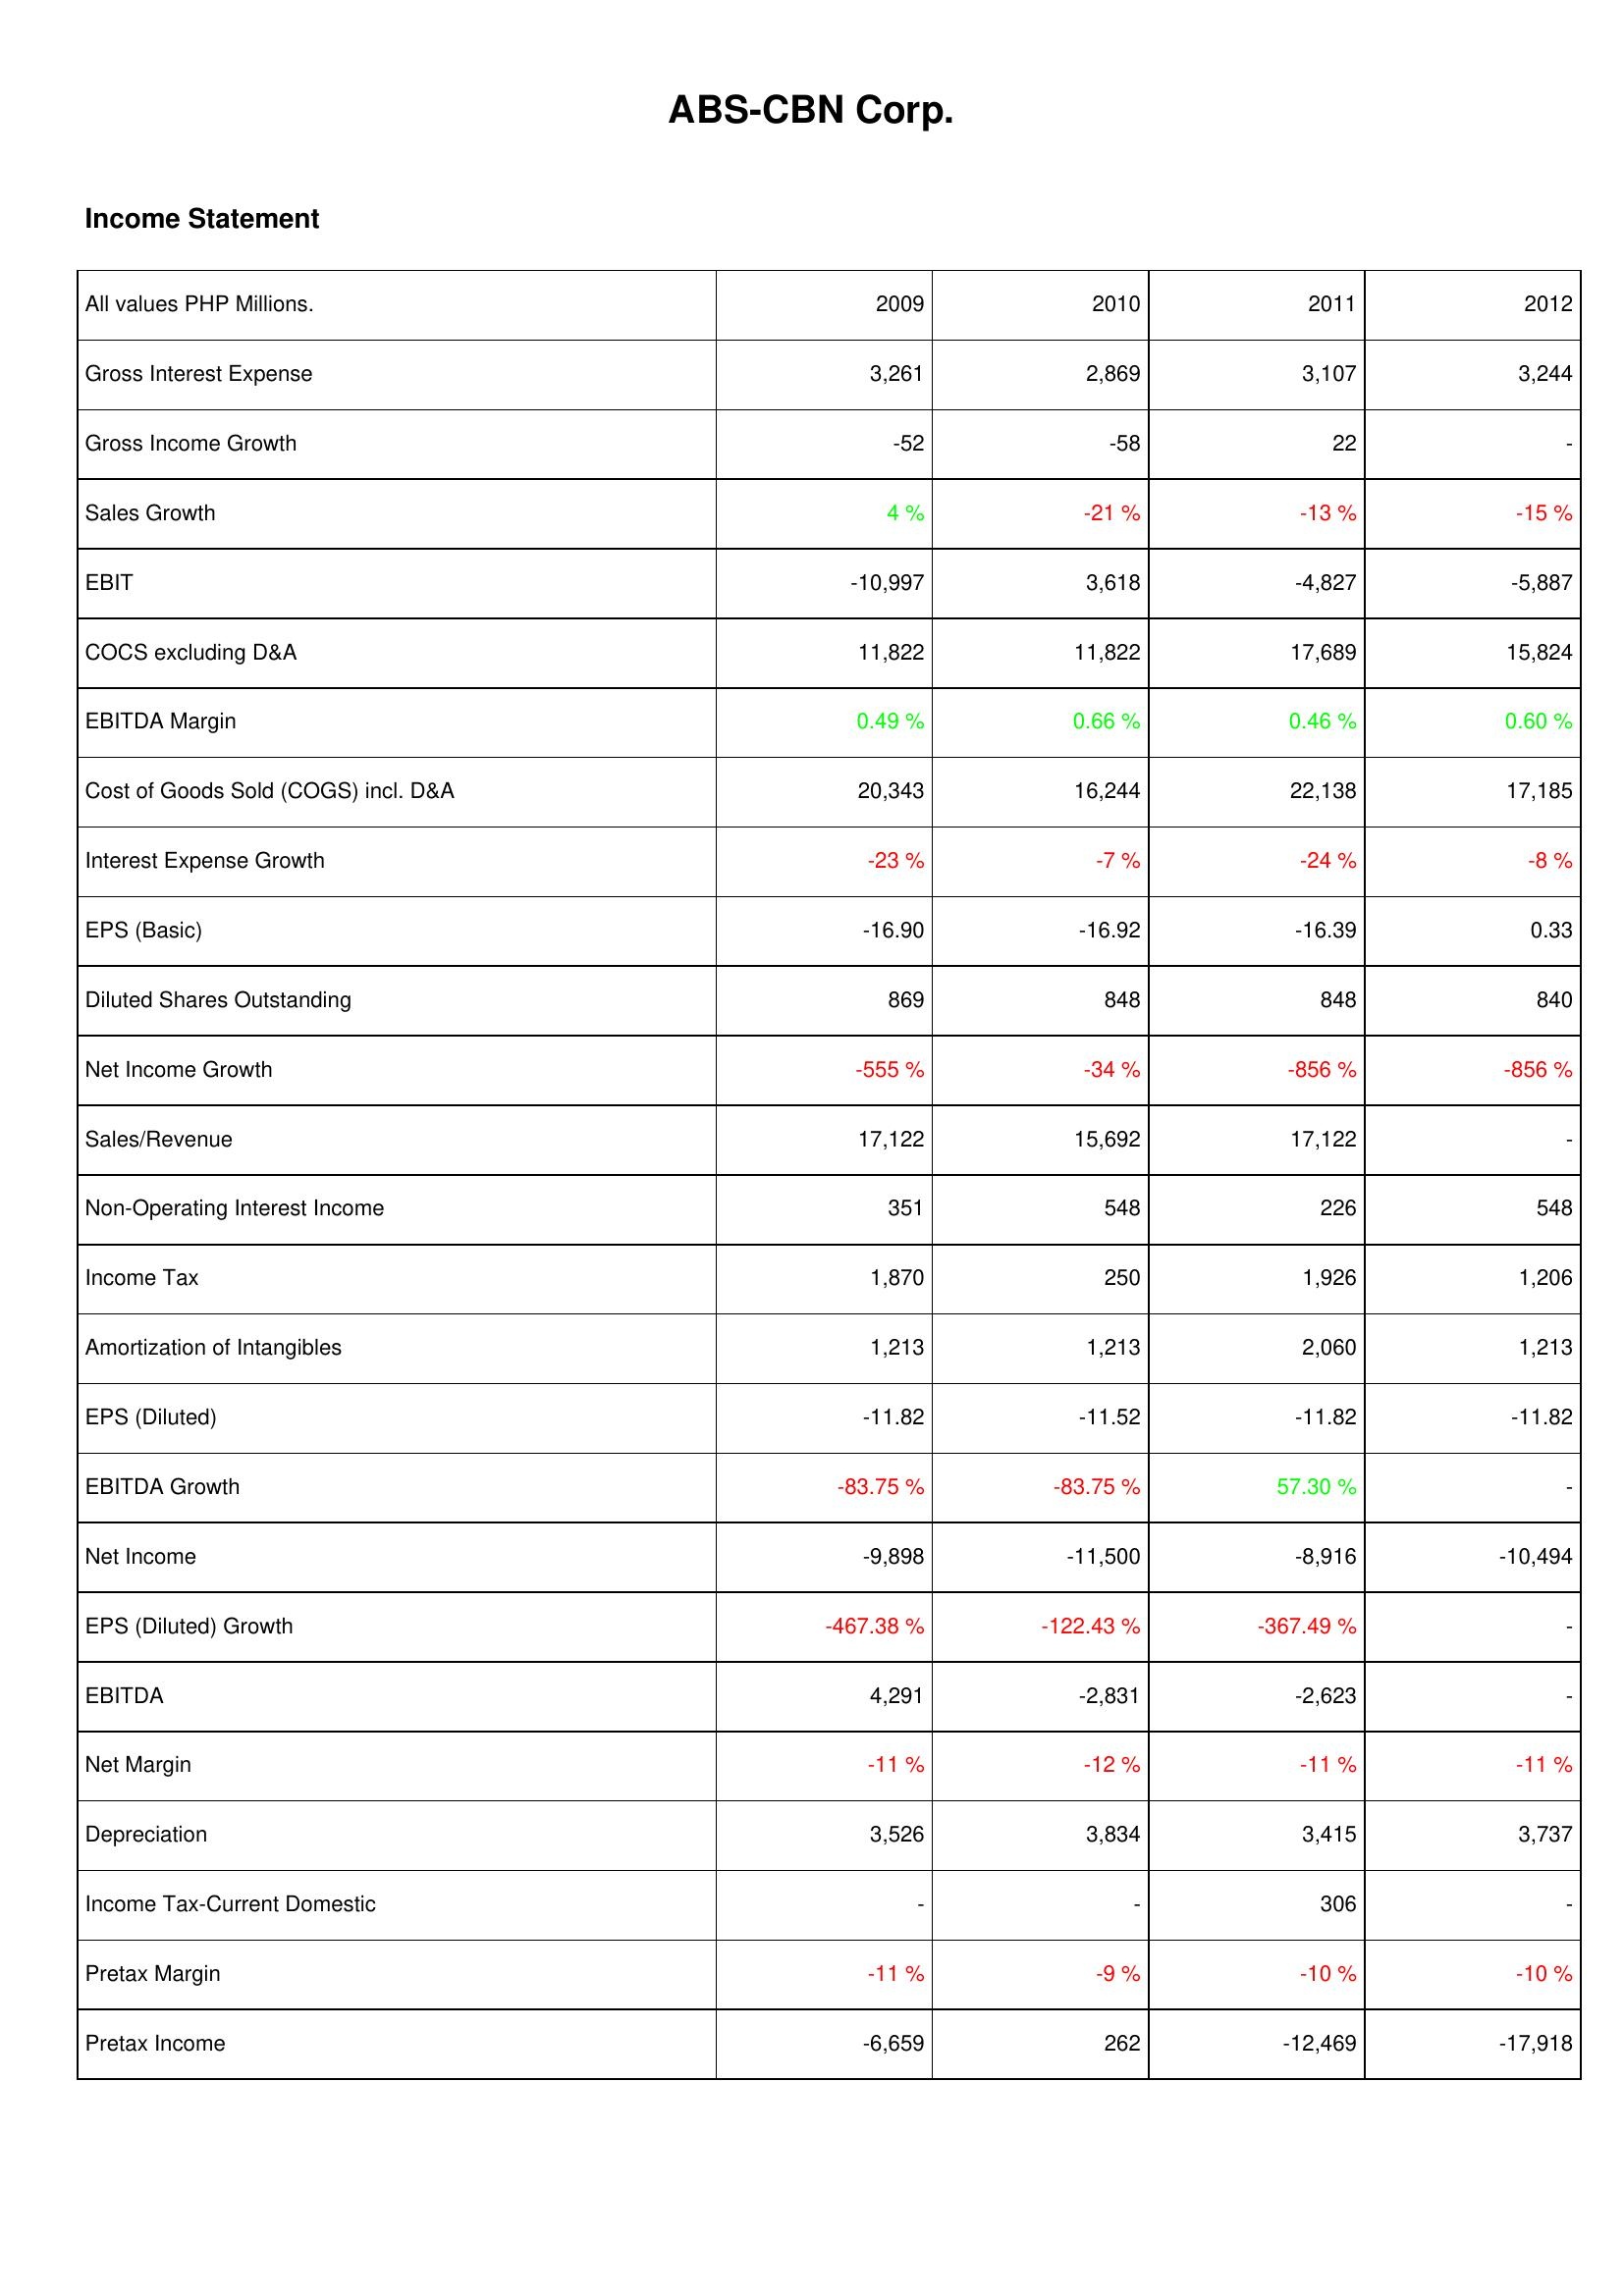
2009: Income Statement: Gross Interest Expense: 3,261
Gross Income Growth: -52
Sales Growth: 4 %
EBIT: -10,997
COCS excluding D&A: 11,822
EBITDA Margin: 0.49 %
Cost of Goods Sold (COGS) incl. D&A: 20,343
Interest Expense Growth: -23 %
EPS (Basic): -16.90
Diluted Shares Outstanding: 869
Net Income Growth: -555 %
Sales/Revenue: 17,122
Non-Operating Interest Income: 351
Income Tax: 1,870
Amortization of Intangibles: 1,213
EPS (Diluted): -11.82
EBITDA Growth: -83.75 %
Net Income: -9,898
EPS (Diluted) Growth: -467.38 %
EBITDA: 4,291
Net Margin: -11 %
Depreciation: 3,526
Income Tax-Current Domestic: -
Pretax Margin: -11 %
Pretax Income: -6,659
2010: Income Statement: Gross Interest Expense: 2,869
Gross Income Growth: -58
Sales Growth: -21 %
EBIT: 3,618
COCS excluding D&A: 11,822
EBITDA Margin: 0.66 %
Cost of Goods Sold (COGS) incl. D&A: 16,244
Interest Expense Growth: -7 %
EPS (Basic): -16.92
Diluted Shares Outstanding: 848
Net Income Growth: -34 %
Sales/Revenue: 15,692
Non-Operating Interest Income: 548
Income Tax: 250
Amortization of Intangibles: 1,213
EPS (Diluted): -11.52
EBITDA Growth: -83.75 %
Net Income: -11,500
EPS (Diluted) Growth: -122.43 %
EBITDA: -2,831
Net Margin: -12 %
Depreciation: 3,834
Income Tax-Current Domestic: -
Pretax Margin: -9 %
Pretax Income: 262
2011: Income Statement: Gross Interest Expense: 3,107
Gross Income Growth: 22
Sales Growth: -13 %
EBIT: -4,827
COCS excluding D&A: 17,689
EBITDA Margin: 0.46 %
Cost of Goods Sold (COGS) incl. D&A: 22,138
Interest Expense Growth: -24 %
EPS (Basic): -16.39
Diluted Shares Outstanding: 848
Net Income Growth: -856 %
Sales/Revenue: 17,122
Non-Operating Interest Income: 226
Income Tax: 1,926
Amortization of Intangibles: 2,060
EPS (Diluted): -11.82
EBITDA Growth: 57.30 %
Net Income: -8,916
EPS (Diluted) Growth: -367.49 %
EBITDA: -2,623
Net Margin: -11 %
Depreciation: 3,415
Income Tax-Current Domestic: 306
Pretax Margin: -10 %
Pretax Income: -12,469
2012: Income Statement: Gross Interest Expense: 3,244
Gross Income Growth: -
Sales Growth: -15 %
EBIT: -5,887
COCS excluding D&A: 15,824
EBITDA Margin: 0.60 %
Cost of Goods Sold (COGS) incl. D&A: 17,185
Interest Expense Growth: -8 %
EPS (Basic): 0.33
Diluted Shares Outstanding: 840
Net Income Growth: -856 %
Sales/Revenue: -
Non-Operating Interest Income: 548
Income Tax: 1,206
Amortization of Intangibles: 1,213
EPS (Diluted): -11.82
EBITDA Growth: -
Net Income: -10,494
EPS (Diluted) Growth: -
EBITDA: -
Net Margin: -11 %
Depreciation: 3,737
Income Tax-Current Domestic: -
Pretax Margin: -10 %
Pretax Income: -17,918